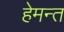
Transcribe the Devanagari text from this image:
हेमन्‍त